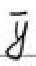
$\overline{i}$